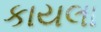
કાયલા